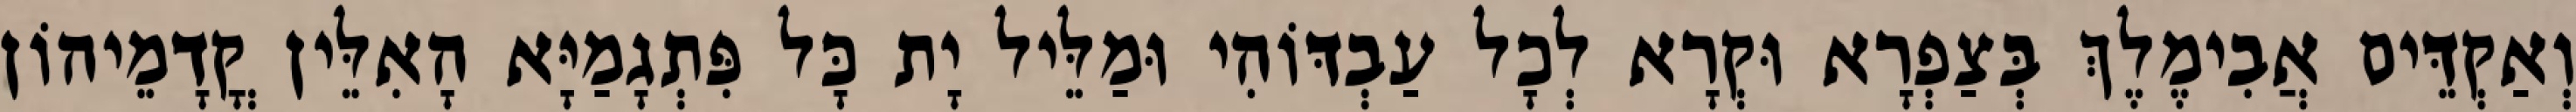
וְאַקְדֵּים אֲבִימֶלֶךְ בְּצַפְרָא וּקְרָא לְכָל עַבְדּוֹהִי וּמַלֵּיל יָת כָּל פִּתְגָמַיָּא הָאִלֵּין קֳדָמֵיהוֹן